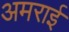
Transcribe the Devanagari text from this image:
अमराई